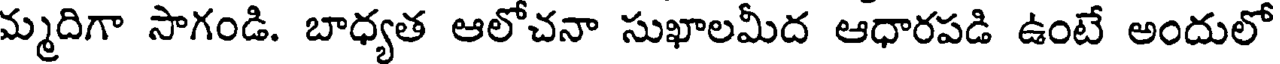
మ్మదిగా సాగండి. బాధ్యత ఆలోచనా సుఖాలమీద ఆధారపడి ఉంటే అందులో